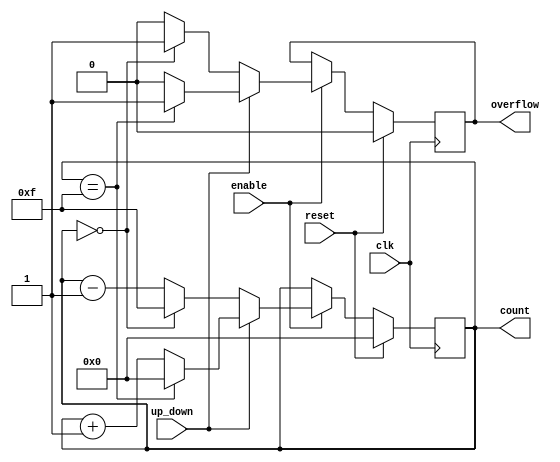
module SynchronousCounter #(
    parameter WIDTH = 4 // Configurable bit width of the counter
)(
    input wire clk,          // Clock input
    input wire reset,        // Synchronous reset
    input wire enable,       // Enable input
    input wire up_down,      // Control signal for counting direction (1 for up, 0 for down)
    output reg [WIDTH-1:0] count, // Counter output
    output reg overflow      // Overflow flag
);

    // Synchronous reset and counting logic
    always @(posedge clk) begin
        if (reset) begin
            count <= 0;      // Reset the counter to zero
            overflow <= 0;   // Clear overflow flag
        end else if (enable) begin
            if (up_down) begin
                // Up counting
                if (count == (1 << WIDTH) - 1) begin
                    count <= 0; // Wrap around to zero
                    overflow <= 1; // Set overflow flag
                end else begin
                    count <= count + 1; // Increment count
                    overflow <= 0; // Clear overflow flag
                end
            end else begin
                // Down counting
                if (count == 0) begin
                    count <= (1 << WIDTH) - 1; // Wrap around to max value
                    overflow <= 1; // Set overflow flag
                end else begin
                    count <= count - 1; // Decrement count
                    overflow <= 0; // Clear overflow flag
                end
            end
        end
    end

endmodule